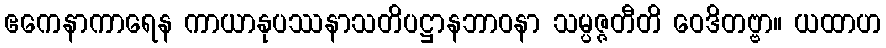
ဧကေနာကာရေန ကာယာနုပဿနာသတိပဋ္ဌာနဘာဝနာ သမ္ပဇ္ဇတီတိ ဝေဒိတဗ္ဗာ။ ယထာဟ